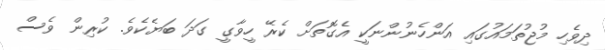
ދިވެހި މުޖުތަމައުގައި އަންހެނުންނަކީ އެގޮތަށް ކެރޭ ހީވާގީ ގަދަ ބަޔެކެވެ. ކުރިން ވެސް